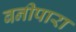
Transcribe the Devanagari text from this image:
बनीपारा